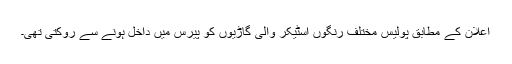
اعلان کے مطابق پولیس مختلف رنگوں اسٹیکر والی گاڑیوں کو پیرس میں داخل ہونے سے روکتی تھی۔